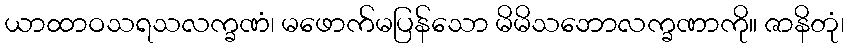
ယာထာဝသရသလက္ခဏံ၊ မဖောက်မပြန်သော မိမိသဘောလက္ခဏာကို။ ဇာနိတုံ၊